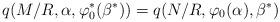
LaTeX: \begin{align*}q(M/R,\alpha,\varphi^*_{0}(\beta^*))=q(N/R,\varphi_{0}(\alpha),\beta^*)\end{align*}